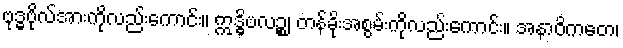
ဗုဒ္ဓဗိုလ်အားကိုလည်းကောင်း။ ဣဒ္ဓိဗလဉ္စ၊ တန်ခိုးအစွမ်းကိုလည်းကောင်း။ အနာဝိကတေ၊